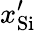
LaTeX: x_{\mathrm{Si}}^{\prime}